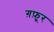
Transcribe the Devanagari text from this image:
ग़फ़ूर